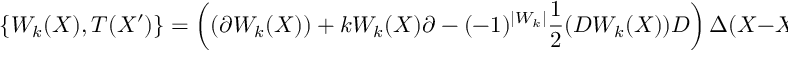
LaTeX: \{ W _ { k } ( X ) , T ( X ^ { \prime } ) \} = \left( ( \partial W _ { k } ( X ) ) + k W _ { k } ( X ) \partial - ( - 1 ) ^ { | W _ { k } | } \frac { 1 } { 2 } ( D W _ { k } ( X ) ) D \right) \Delta ( X - X ^ { \prime } ) ,